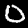
Label: 0